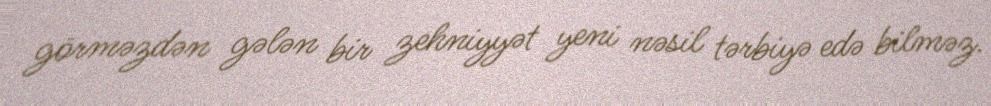
görməzdən gələn bir zehniyyət yeni nəsil tərbiyə edə bilməz.